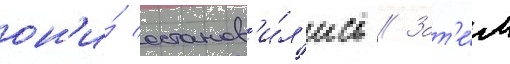
он'и́ останов'и́л'ись // Зат'е́м